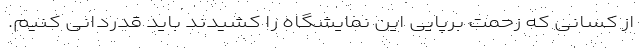
از کسانی که زحمت برپایی این نمایشگاه را کشیدند باید قدردانی کنیم.